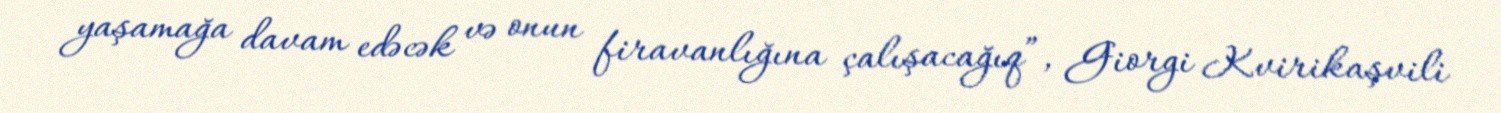
yaşamağa davam edəcək və onun firavanlığına çalışacağıq”, Giorgi Kvirikaşvili